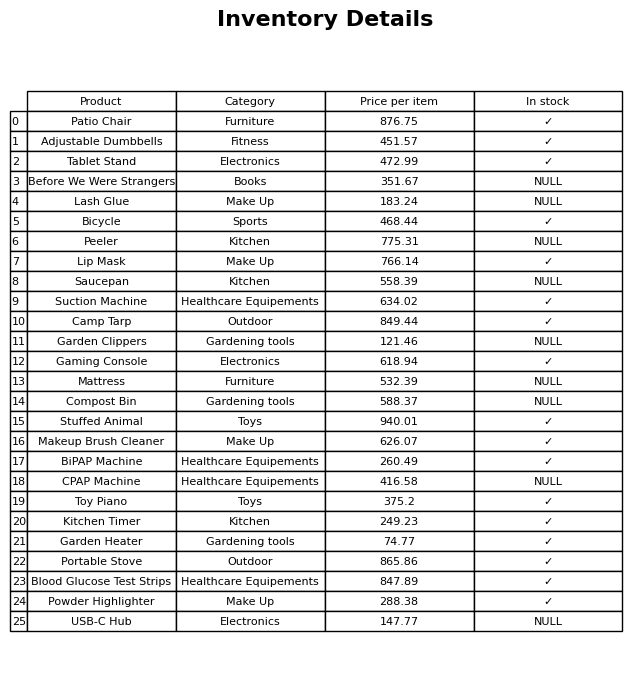
question: Is the Kitchen Timer in stock?
answer: ✓